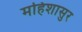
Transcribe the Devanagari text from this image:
महिशासुर